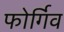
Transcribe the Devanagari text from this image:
फोर्गिव